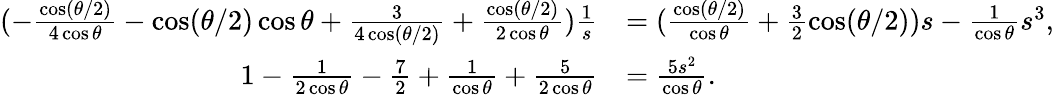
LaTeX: \begin{array}{rl}{(-\frac{\cos({\theta}/{2})}{4\cos\theta}-\cos({\theta}/{2})\cos\theta+\frac{3}{4\cos({\theta}/{2})}+\frac{\cos({\theta}/{2})}{2\cos\theta})\frac{1}{s}}&{=(\frac{\cos({\theta}/{2})}{\cos\theta}+\frac{3}{2}\cos({\theta}/{2}))s-\frac{1}{\cos\theta}s^{3},}\\ {1-\frac{1}{2\cos\theta}-\frac{7}{2}+\frac{1}{\cos\theta}+\frac{5}{2\cos\theta}}&{=\frac{5s^{2}}{\cos\theta}.}\end{array}